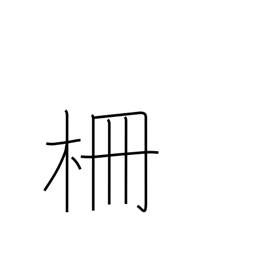
Meaning: stockade